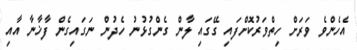
އެހެންވެ ވަރަށް ހިތްވަރުކޮށްފައި ގޭގައި ލާން ގެންގުޅުނު ހެދުން ނަގައިގެން ފާޚާނާ އާއި